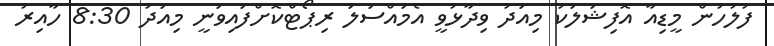
ފުލުހުން މީޑިއާ އޮފިޝަލަކު މިއަދު ވިދާޅުވީ އެމައްސަލަ ރިޕޯޓްކޮށްފައިވަނީ މިއަދު 8:30 ހާއިރު